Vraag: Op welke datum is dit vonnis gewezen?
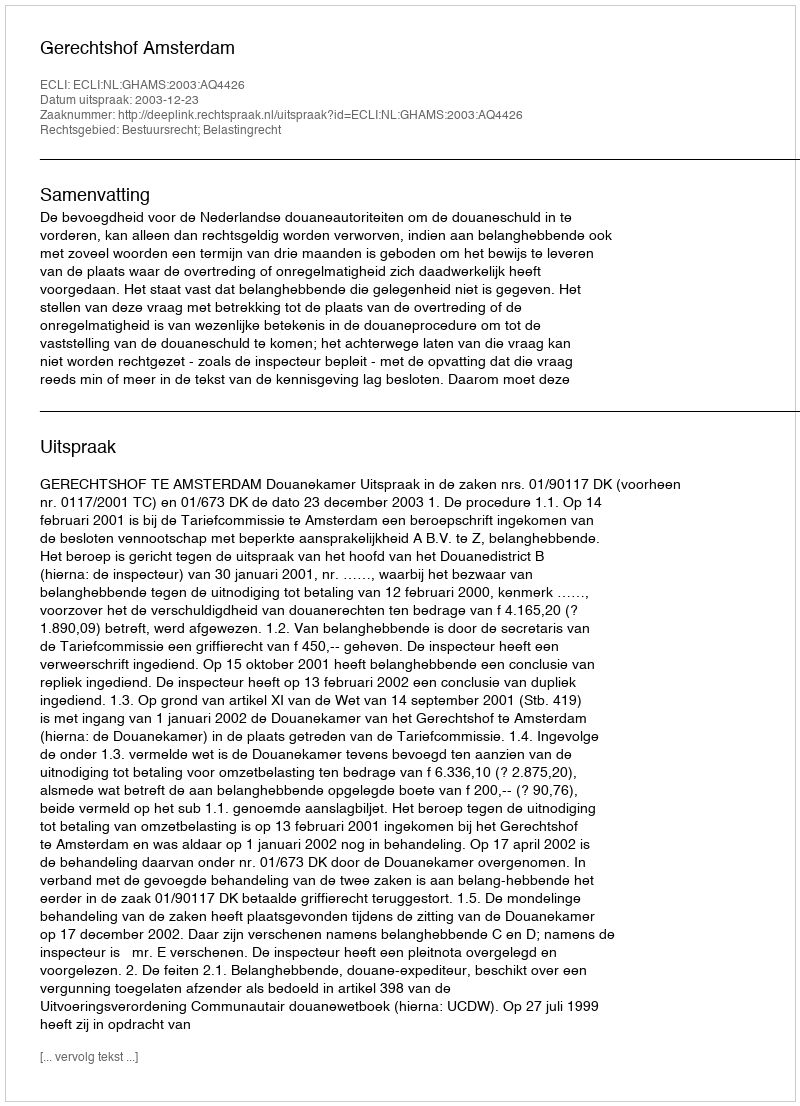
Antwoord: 2003-12-23